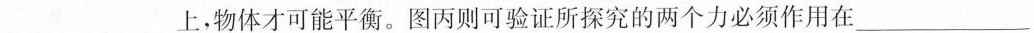
___上，物体才可能平衡。图丙则可验证所探究的两个力必须作用在___